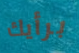
برأيك